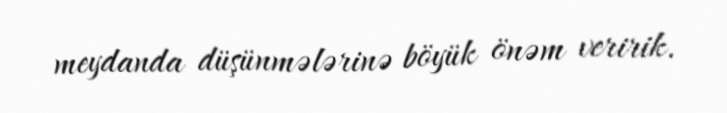
meydanda düşünmələrinə böyük önəm veririk.